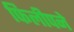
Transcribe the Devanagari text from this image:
फिलीपने